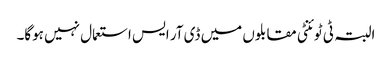
البتہ ٹی ٹوئنٹی مقابلوں میں ڈی آر ایس استعمال نہیں ہوگا۔